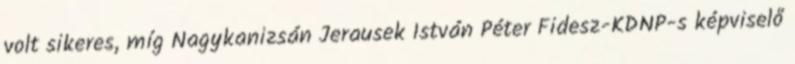
volt sikeres, míg Nagykanizsán Jerausek István Péter Fidesz-KDNP-s képviselő